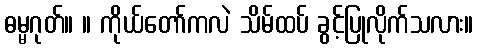
ဓမ္မဂုတ်။ ။ ကိုယ်တော်ကလဲ သိမ်ထပ် ခွင့်ပြုလိုက်သလား။